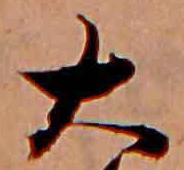
大